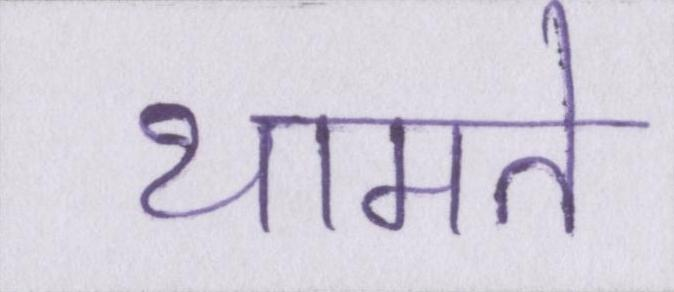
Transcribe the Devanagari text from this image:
थामते